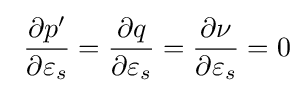
\ {\frac {\partial p'}{\partial \varepsilon _{s}}}={\frac {\partial q}{\partial \varepsilon _{s}}}={\frac {\partial \nu }{\partial \varepsilon _{s}}}=0